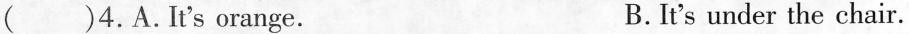
()4.A.It's orange. B.It's under the chair.